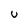
Character: u